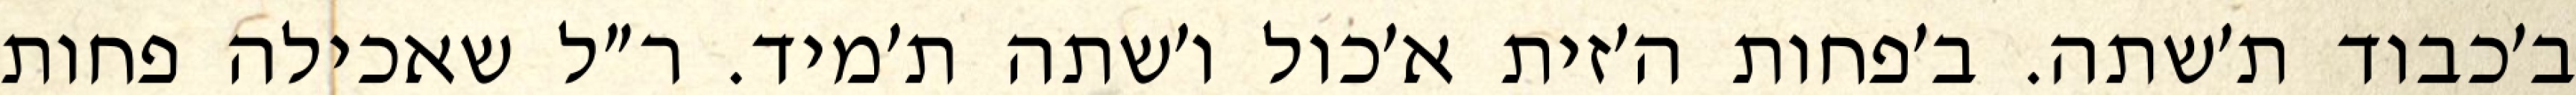
ב׳כבוד ת׳שתה. ב׳פחות ה׳זית א׳כול ו׳שתה ת׳מיד. ר״ל שאכילה פחות